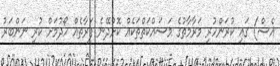
އެސް) ގައި ކުރަންހުރި މަރާމާތުގެ މަސައްކަތްތަކެއް ކޮށްދޭނެ ފަރާތެއް ހޯދުމަށް ކުރި ނަންބަރު